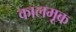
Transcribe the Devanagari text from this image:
कालमूक